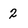
Character: 2